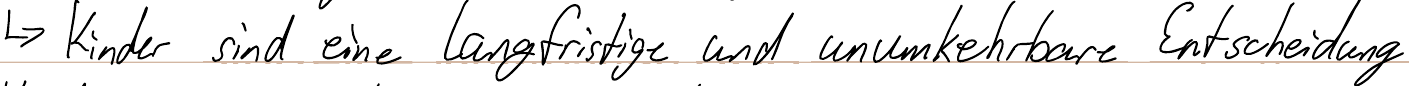
-> Kinder sind eine langfristige und unumkehrbare Entscheidung